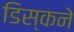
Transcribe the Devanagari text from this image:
डिस्कने